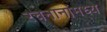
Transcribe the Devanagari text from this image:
रचनानांमध्ये